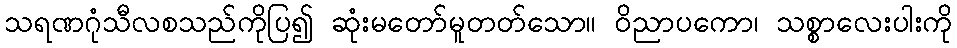
သရဏဂုံသီလစသည်ကိုပြ၍ ဆုံးမတော်မူတတ်သော။ ဝိညာပကော၊ သစ္စာလေးပါးကို